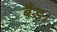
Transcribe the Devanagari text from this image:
बैंड।